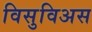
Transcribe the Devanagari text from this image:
विसुविअस